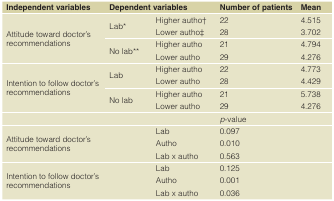
<table><thead><tr><td><b>Independent variables</b></td><td colspan="2"><b>Dependent variables</b></td><td><b>Number of patients</b></td><td><b>Mean</b></td></tr></thead><tbody><tr><td rowspan="2">Attitude toward doctor’srecommendations</td><td>Lab*</td><td>Higher autho†Lower autho‡</td><td>2228</td><td>4.5153.702</td></tr><tr><td>No lab**</td><td>Higher authoLower autho</td><td>2129</td><td>4.7944.276</td></tr><tr><td rowspan="2">Intention to follow doctor’srecommendations</td><td>Lab</td><td>Higher authoLower autho</td><td>2228</td><td>4.7734.429</td></tr><tr><td>No lab</td><td>Higher authoLower autho</td><td>2129</td><td>5.7384.276</td></tr><tr><td></td><td></td><td></td><td><i>p</i>-value</td><td></td></tr><tr><td>Attitude toward doctor’srecommendations</td><td></td><td>LabAuthoLab x autho</td><td>0.0970.0100.563</td><td></td></tr><tr><td>Intention to follow doctor’srecommendations</td><td></td><td>LabAuthoLab x autho</td><td>0.1250.0010.036</td><td></td></tr></tbody></table>